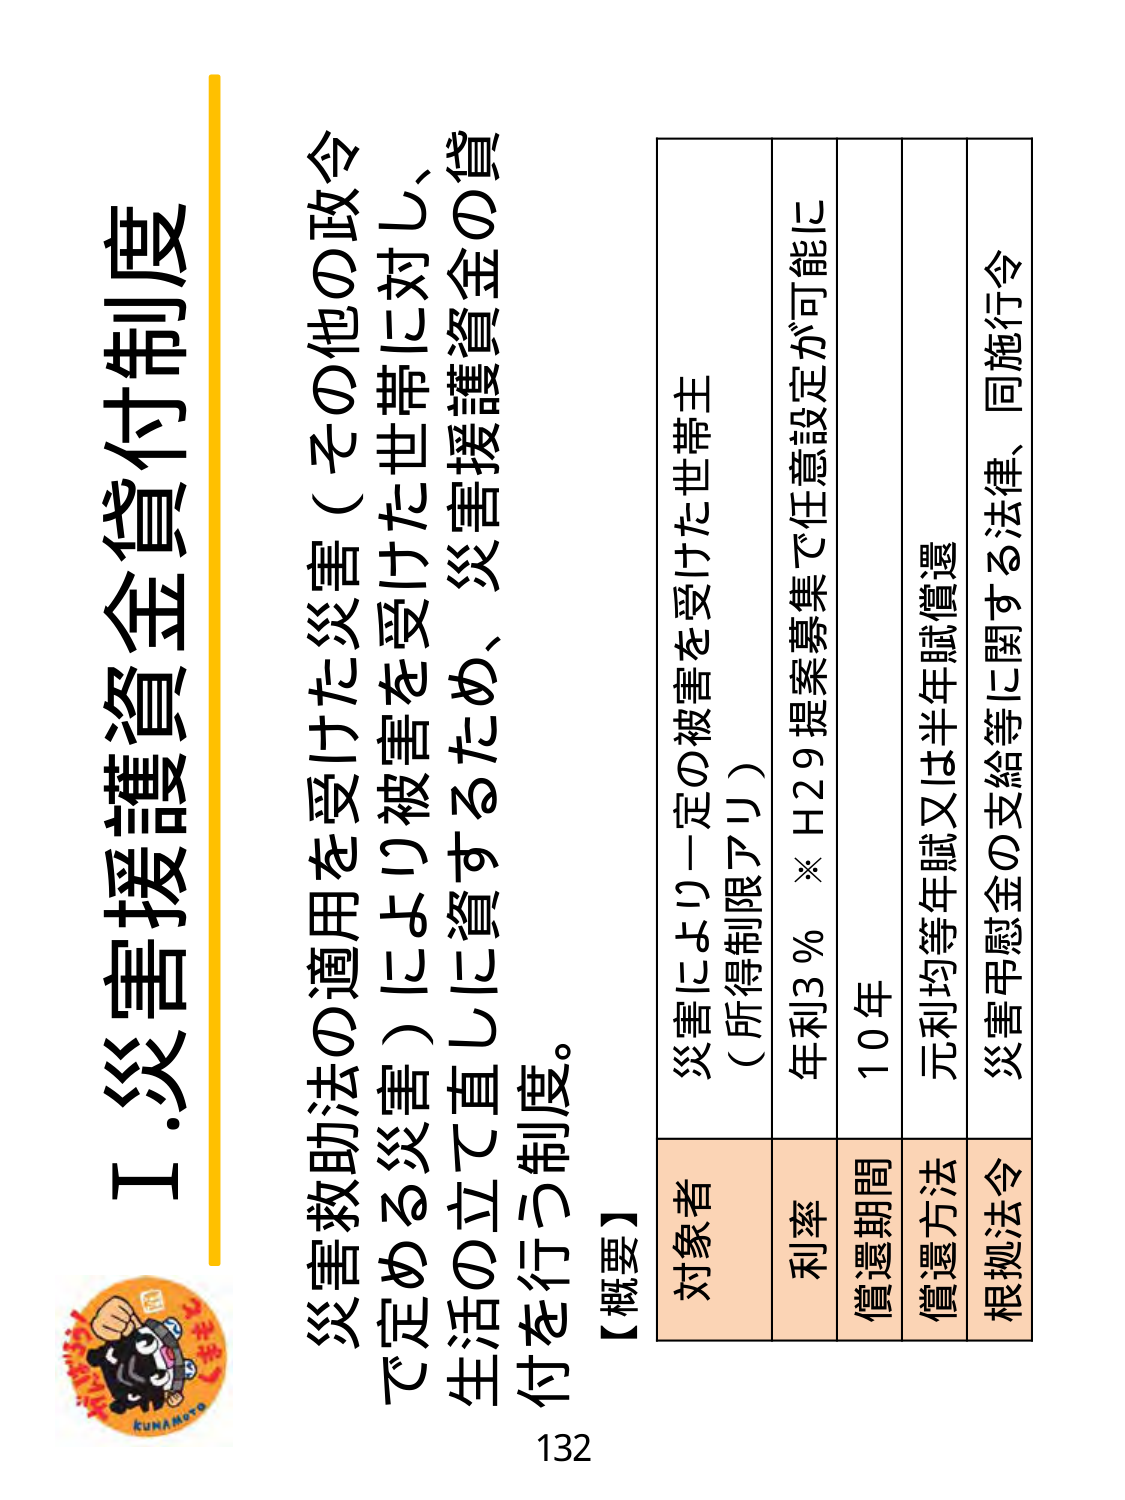
Ⅰ.災害援護資金貸付制度

災害救助法の適用を受けた災害（その他の政令
で定める災害）により被害を受けた世帯に対し、
生活の立て直しに資するため、災害援護資金の貸
付を行う制度。

【概要】
対象者　災害により一定の被害を受けた世帯主
　　　　（所得制限あり）
利率　　年利3％　※H29提案募集で任意設定が可能に
償還期間　10年
償還方法　元利均等年賦又は半年賦償還
根拠法令　災害弔慰金の支給等に関する法律、同施行令

132

KUNAMOTO